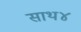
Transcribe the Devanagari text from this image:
साथ४